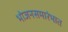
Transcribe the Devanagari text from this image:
भोजनसमारंभात